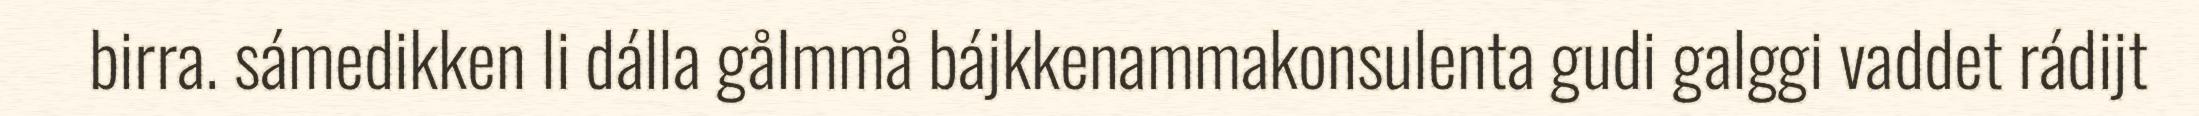
birra. sámedikken li dálla gålmmå bájkkenammakonsulenta gudi galggi vaddet rádijt